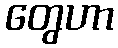
တွေဟာ